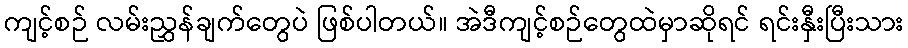
ကျင့်စဉ် လမ်းညွှန်ချက်တွေပဲ ဖြစ်ပါတယ်။ အဲဒီကျင့်စဉ်တွေထဲမှာဆိုရင် ရင်းနှီးပြီးသား